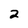
Character: 2